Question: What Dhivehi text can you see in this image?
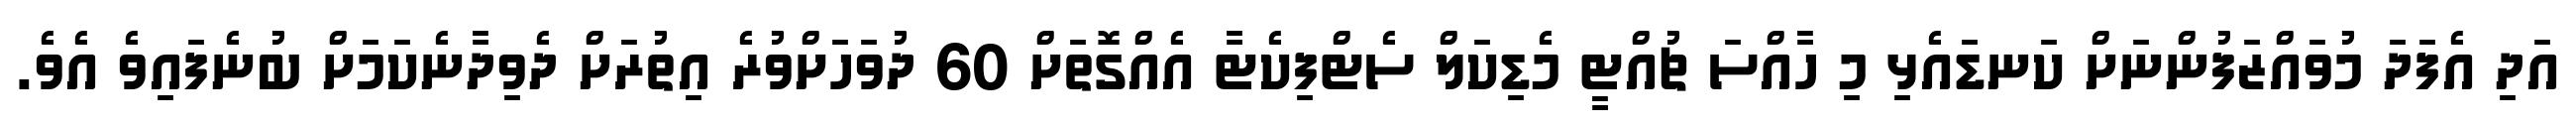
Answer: އަދި އެފަދަ މުވައްޒަފުންނަށް ކަނޑައެޅި މި ހާއްސަ ޗުއްޓީ މެޑިކަލް ސެޓްފިކެޓާ އެއްގޮތަށް 60 ދުވަހަށްވުރެ އިތުރަށް ދެވިދާނެކަމަށް ބުނެފައިވެ އެވެ.